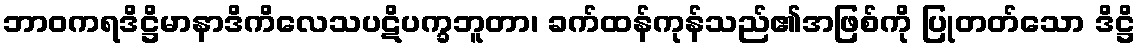
ဘာဝကရဒိဋ္ဌိမာနာဒိကိလေသပဋိပက္ခဘူတာ၊ ခက်ထန်ကုန်သည်၏အဖြစ်ကို ပြုတတ်သော ဒိဋ္ဌိ